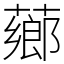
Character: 薌